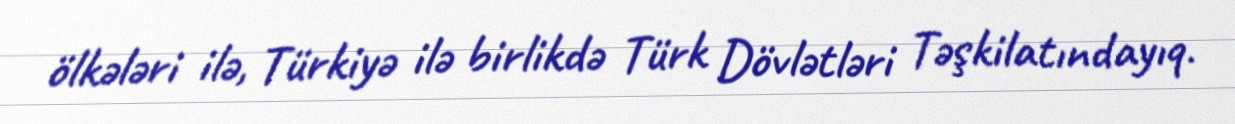
ölkələri ilə, Türkiyə ilə birlikdə Türk Dövlətləri Təşkilatındayıq.